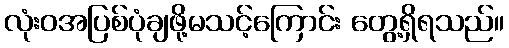
လုံးဝအပြစ်ပုံချဖို့မသင့်ကြောင်း တွေ့ရှိရသည်။